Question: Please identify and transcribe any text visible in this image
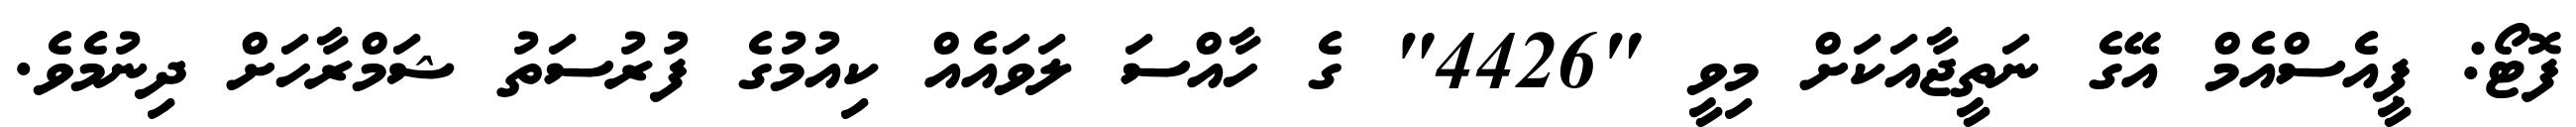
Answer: ފޮޓޯ: ޕީއެސްއެމް އޭގެ ނަތީޖާއަކަށް މިވީ "4426" ގެ ހާއްސަ ލަވައެއް ކިއުމުގެ ފުރުސަތު ޝަމްރާހަށް ދިނުމެވެ.